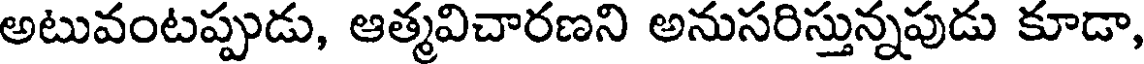
అటువంటప్పుడు, ఆత్మవిచారణని అనుసరిస్తున్నపుడు కూడా,